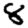
Digit: 8